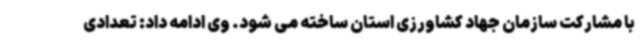
با مشارکت سازمان جهاد کشاورزی استان ساخته می شود. وی ادامه داد: تعدادی